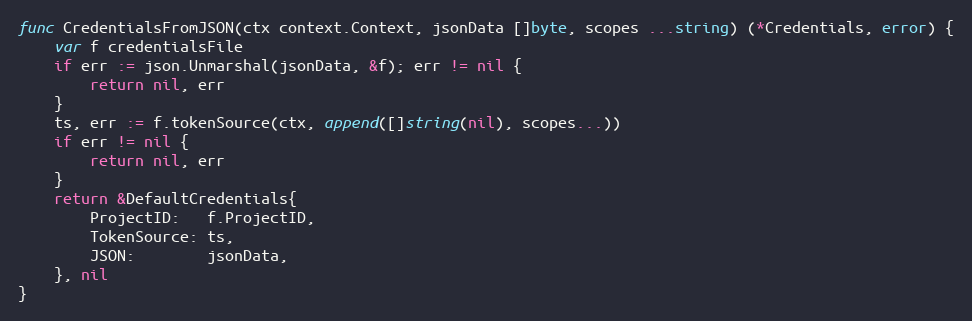
Language: Go
func CredentialsFromJSON(ctx context.Context, jsonData []byte, scopes ...string) (*Credentials, error) {
	var f credentialsFile
	if err := json.Unmarshal(jsonData, &f); err != nil {
		return nil, err
	}
	ts, err := f.tokenSource(ctx, append([]string(nil), scopes...))
	if err != nil {
		return nil, err
	}
	return &DefaultCredentials{
		ProjectID:   f.ProjectID,
		TokenSource: ts,
		JSON:        jsonData,
	}, nil
}